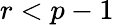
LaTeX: r<p-1